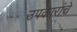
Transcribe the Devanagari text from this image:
उपकारांचे